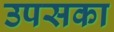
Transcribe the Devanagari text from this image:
उपसका